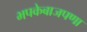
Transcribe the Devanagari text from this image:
भपकेबाजपणा